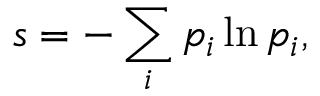
s = - \sum _ { i } p _ { i } \ln p _ { i } ,